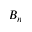
B _ { n }